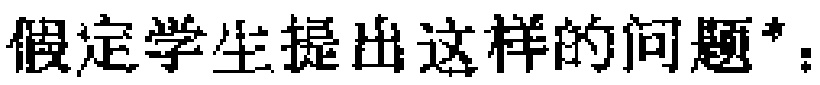
假定学生提出这样的问题*：